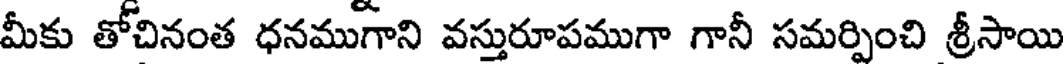
మీకు తోచినంత ధనముగాని వస్తురూపముగా గానీ సమర్పించి శ్రీసాయి